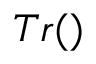
T r ( )